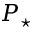
P _ { \star }